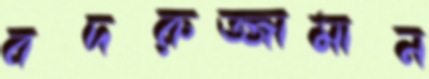
বদরুজ্জামান